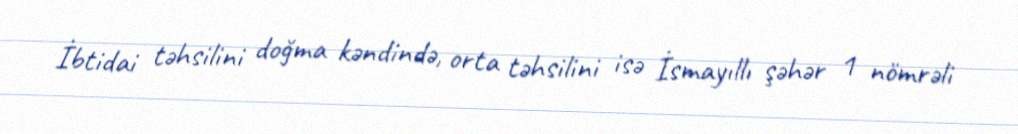
İbtidai təhsilini doğma kəndində, orta təhsilini isə İsmayıllı şəhər 1 nömrəli